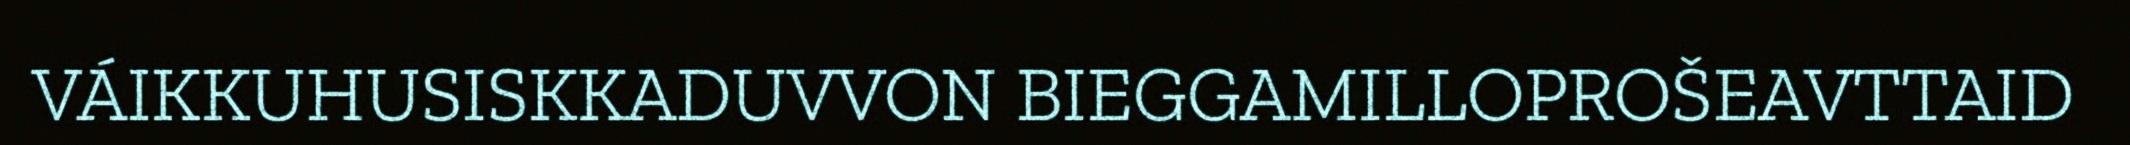
VÁIKKUHUSISKKADUVVON BIEGGAMILLOPROŠEAVTTAID